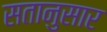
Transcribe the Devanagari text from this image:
सतानुसार